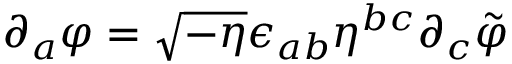
\partial _ { a } \varphi = \sqrt { - \eta } \epsilon _ { a b } \eta ^ { b c } \partial _ { c } \tilde { \varphi }